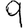
Digit: 9